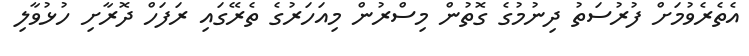
އެތެރެވުމަށް ފުރުސަތު ދިނުމުގެ ގޮތުން މިސްރުން މިއަހަރުގެ ތެރޭގައި ރަފަހް ދޮރާށި ހުޅުވާލި